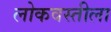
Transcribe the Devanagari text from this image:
लोकवस्तीला